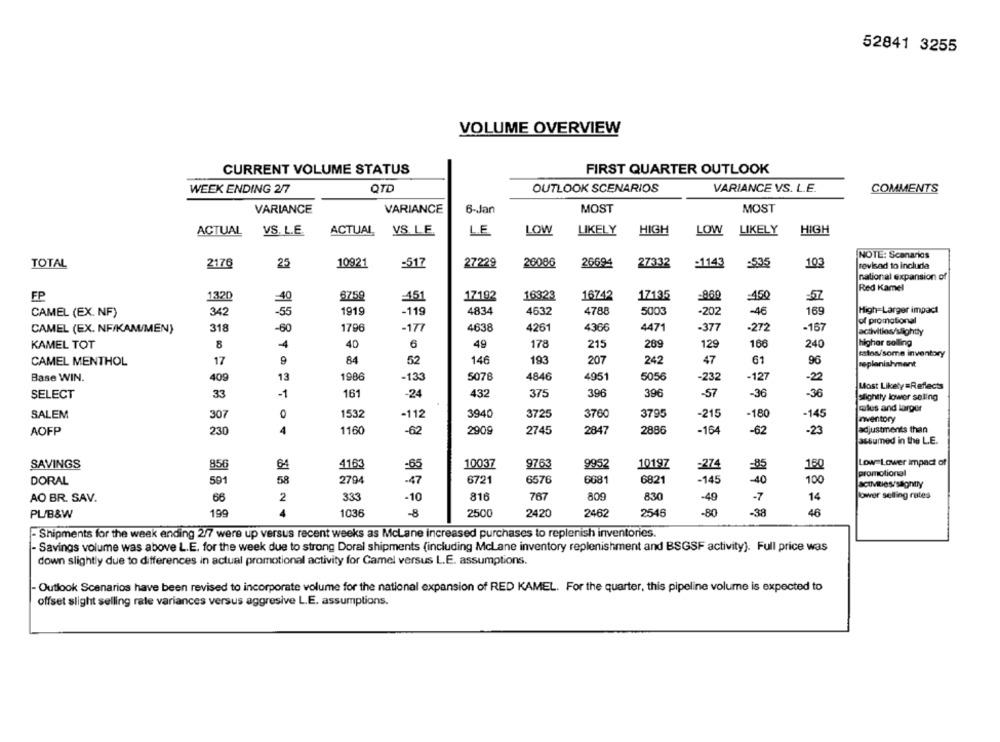
52841 3255
VOLUME OVERVIEW
CURRENT VOLUME STATUS
FIRST QUARTER OUTLOOK
WEEK ENDING 2/7
QTD
OUTLOOK SCENARIOS
VARIANCE VS. L.E.
COMMENTS
MOST
MOST
VARIANCE
VARIANCE
6-Jan
ACTUAL
VS. L.E.
ACTUAL
VS. LE.
L.E.
LOW
LIKELY
HIGH
LOW LIKELY
HIGH
NOTE: Scenarios
TOTAL
2176
25
10921
=517
27229
26086
26694
27332
-1143
-535
103
revisad to include
national expansion of
Red Kamel
FP
1320
6759
:451
17192
16323
16742
17135
-450
-57
-40
342
-55
1919
-119
4834
4632
4788
5003
-202
-46
169
High=Larger impact
CAMEL (EX. NF)
of promotional
4638
4471
-377
-272
-167
CAMEL (EX. NF/KAM/MEN)
318
-60
1796
-177
4261
4366
activities/slightly
KAMEL TOT
8
4
40
6
49
178
215
289
129
166
240
higher selling
estos/some inventory
CAMEL MENTHOL
17
84
52
146
193
207
242
47
61
96
replenishment
Base WIN.
409
13
1986
-133
5078
4846
4951
5056
-232
-127
-22
Most Likely=Reflects
SELECT
-1
161
-24
432
375
396
396
-57
-36
-36
33
slightly lower seling
cales and larger
SALEM
307
0
1532
-112
3940
3725
3760
3795
-215
-180
-145
inventory
AOFP
230
4
1160
2909
2745
2847
2886
-164
-62
-23
adjustments than
-62
assumed in the L.E.
Low-Lower impact of
SAVINGS
8.56
64
4163
-65
10037
9763
9952
10197
=274
=85
150
promotional
DORAL
591
58
2794
-47
6721
6576
6681
6821
-145
-40
100
66
2
333
-10
816
767
809
830
-49
-7
14
lower selling rates
AO BR. SAV.
199
4
1036
-8
2500
2420
2462
2546
-80
-38
46
PL/B&W
- Shipments for the week ending 2/7 were up versus recent weeks as McLane increased purchases to replenish inventories.
- Savings volume was above L.E. for the week due to strong Doral shipments (including McLane inventory replenishment and BSGSF activity). Full price was
down slightly due to differences in actual promotional activity for Camel versus L.E. assumptions.
- Outlook Scenarios have been revised to incorporate volume for the national expansion of RED KAMEL. For the quarter, this pipeline volume is expected to
offset slight selling rale variances versus aggresive L.E. assumptions.